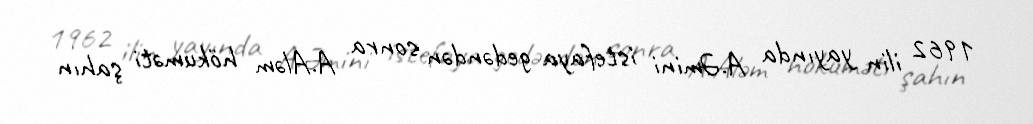
1962 ilin yayında A.Əmini istefaya gedəndən sonra A.Aləm hökuməti şahın